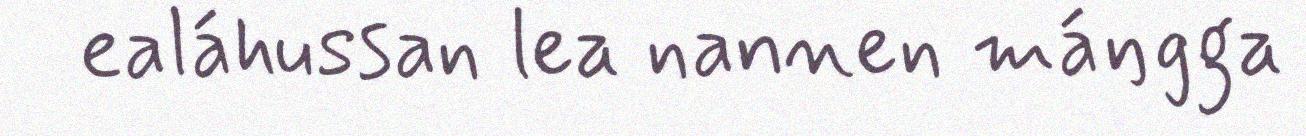
ealáhussan lea nannen máŋgga